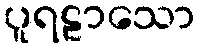
ပူရဠာသော